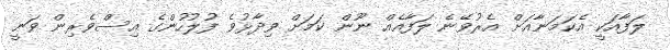
ލަފާއަކީ އެކަމަނާއަށް އެރުވޭނެ ލަފާއެއް ނޫން ކަމަށް ވިދާޅުވެ ފުލުހުންގެ އިސްވެރިން ވަނީ